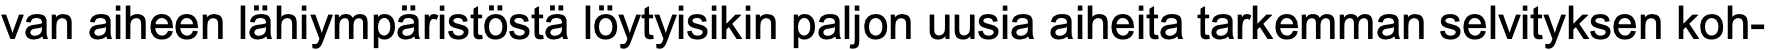
van aiheen lähiympäristöstä löytyisikin paljon uusia aiheita tarkemman selvityksen koh-